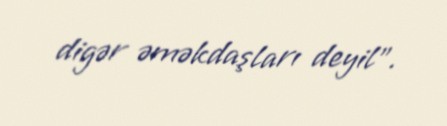
digər əməkdaşları deyil”.